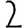
Digit: 2